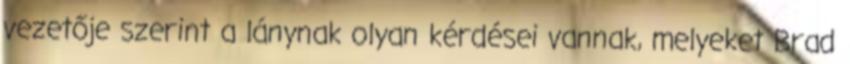
vezetője szerint a lánynak olyan kérdései vannak, melyeket Brad